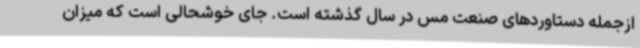
ازجمله دستاوردهای صنعت مس در سال گذشته است. جای خوشحالی است که میزان